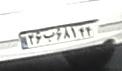
۲۶ب۶۸۱۴۴